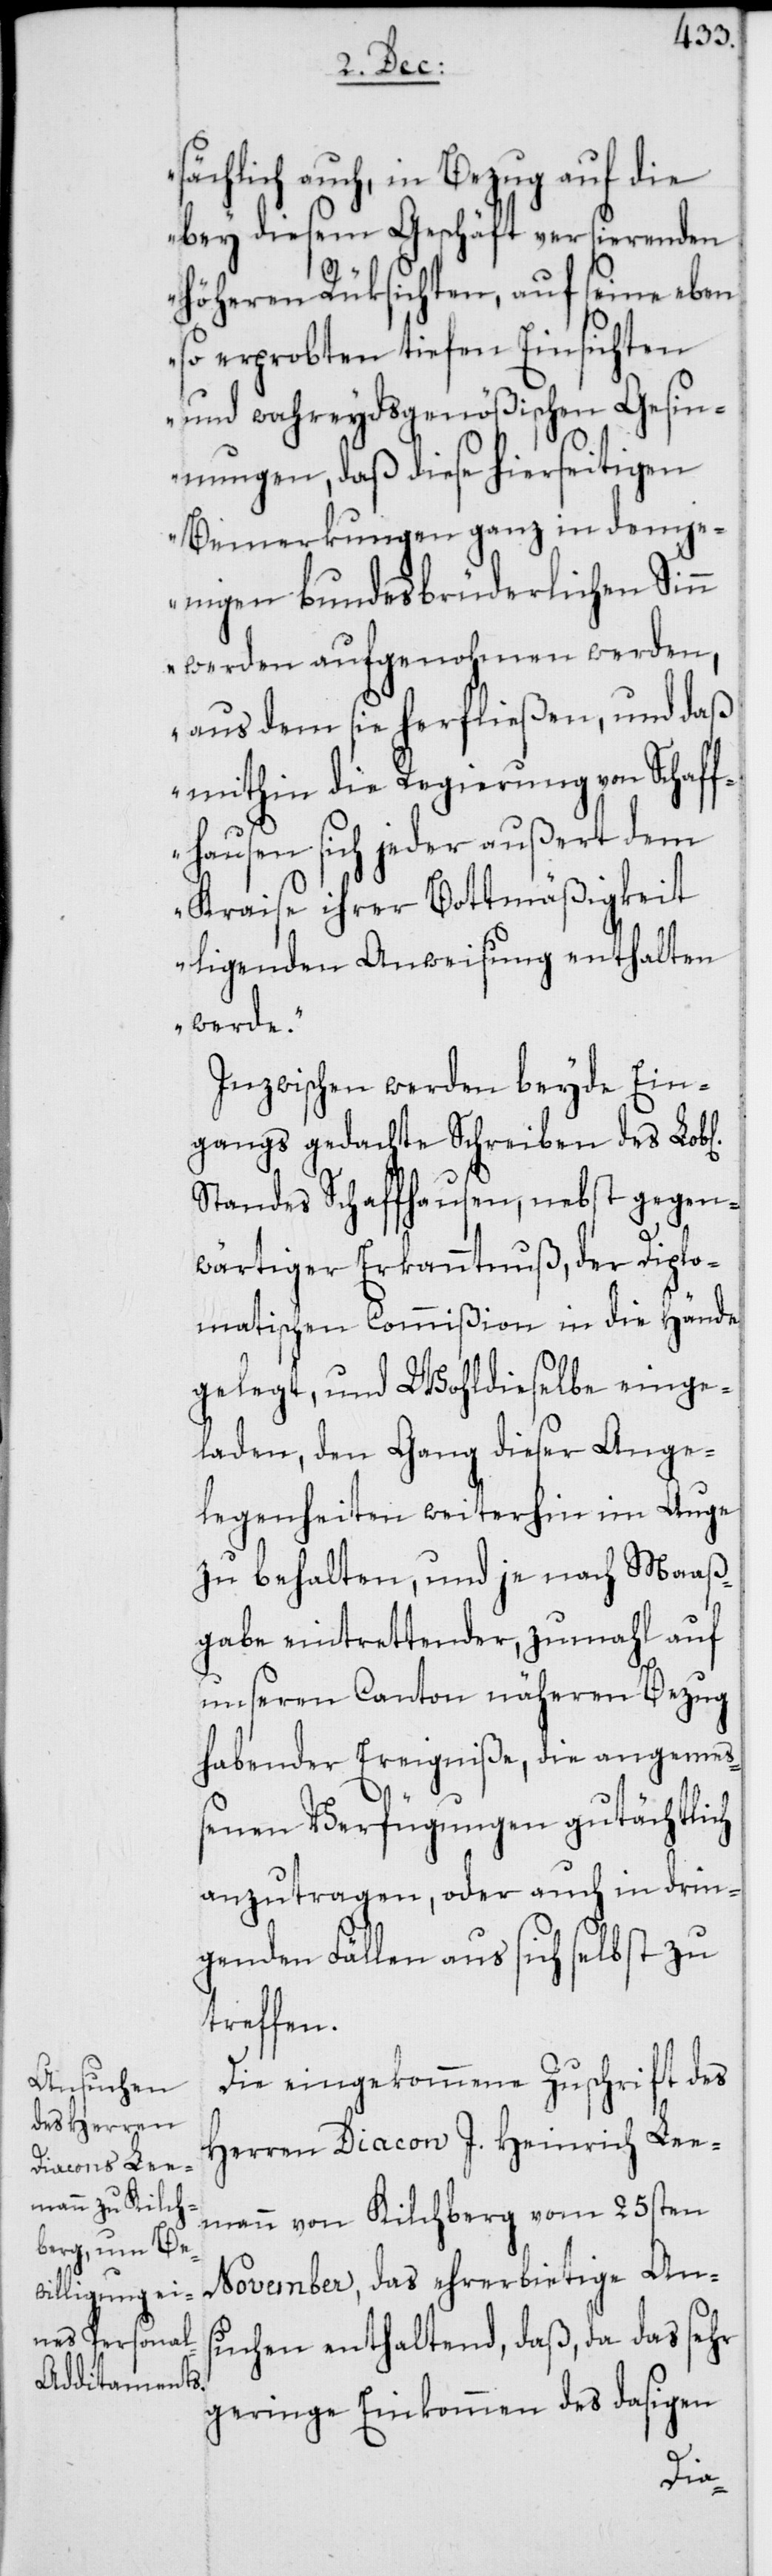
sächlich auch, in Bezug auf die
bey diesem Geschäft versierenden
höheren Rüksichten, auf seine eben
so erprobten tiefen Einsichten
und wahreydsgenößischen Gesin¬
nungen, daß diese hierseitigen
Bemerkungen ganz in demje¬
nigen bundesbrüderlichen Sinn
werden aufgenohmen werden,
aus dem sie herfließen, und daß
mithin die Regierung von Schaff¬
hausen sich jeder außert dem
Kraise ihrer Bottmäßigkeit
ligenden Anweisung enthalten
werde.“
Inzwischen werden beyde Ein¬
gangs gedachte Schreiben des Lob[l¬
Standes Schaffhausen, nebst gegen¬
wärtiger Erkanntnuß, der Diplo¬
matischen Commißion in die Hände
gelegt, und Wohldieselbe einge¬
laden, den Gang dieser Ange¬
legenheiten weiterhin im Auge
zu behalten, und je nach Maaß¬
gabe eintrettender, zumahl auf
unseren Canton näheren Bezug
habender Ereigniße, die angemeß¬
enen Verfügungen gutächtlich
anzutragen, oder auch in drin¬
genden Fällen aus sich selbst zu
treffen.
Die eingekommene Zuschrift des
Herren Diacon J. Heinrich Lee¬
mann von Kilchberg vom 25sten
November, das ehrerbietige An¬
suchen enthaltend, daß, da das sehr
geringe Einkommen des dasigen
ichen]